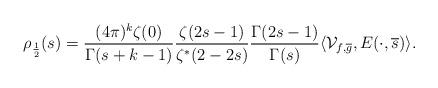
LaTeX: \begin{align*} \rho_{\frac{1}{2}}(s) = \frac{(4\pi)^k \zeta(0)}{\Gamma(s + k - 1)} \frac{\zeta(2s -1)}{\zeta^*(2 - 2s)} \frac{\Gamma(2s - 1)}{\Gamma(s)} \langle\mathcal{V}_{f,\overline{g}}, E(\cdot, \overline{s})\rangle.\end{align*}